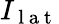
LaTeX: I_{\mathrm{~l~a~t~}}